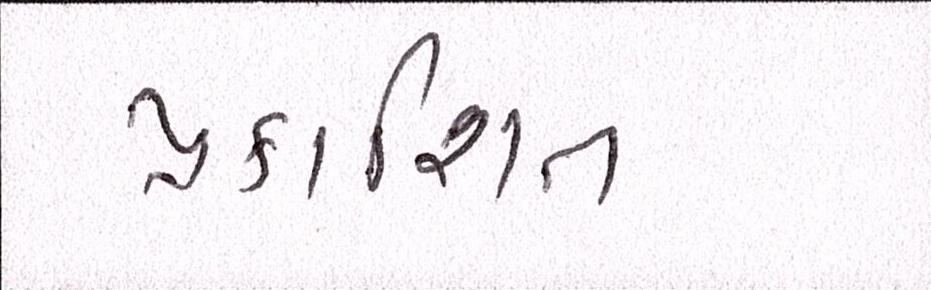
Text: પ્રકાશિત